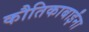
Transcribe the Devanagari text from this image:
कौतिकाबाईंना